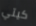
كيتي